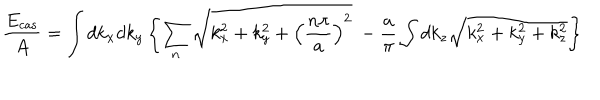
LaTeX: \frac { E _ { \mathrm { c a s } } } { A } = \int d k _ { x } d k _ { y } \left\{ \sum _ { n } \sqrt { k _ { x } ^ { 2 } + k _ { y } ^ { 2 } + \left( \frac { n \pi } { a } \right) ^ { 2 } } ~ - \frac { a } { \pi } \int d k _ { z } \sqrt { k _ { x } ^ { 2 } + k _ { y } ^ { 2 } + k _ { z } ^ { 2 } } \right\}